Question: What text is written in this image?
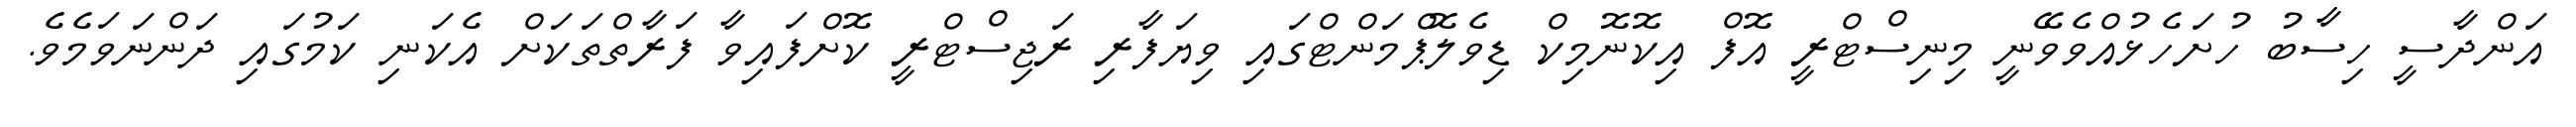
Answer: އަންދާސީ ހިސާބު ހުށަހެޅުއްވެވޭނީ މިނިސްޓްރީ އޮފް އިކޮނޮމިކް ޑިވެލޮޕްމަންޓްގައި ވިޔަފާރި ރަޖިސްޓްރީ ކޮށްފައިވާ ފަރާތްތަކަށް އެކަނި ކަމުގައި ދަންނަވަމެވެ.